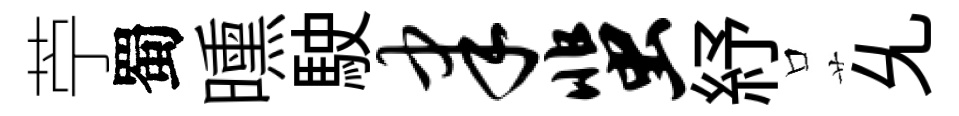
苧蜀曛駛聿蜚紓口𠃔